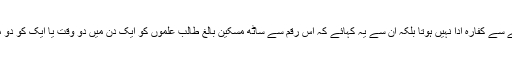
کفارہ میں حساب جوڑکر مکمل روپیہ کسی کے حوالہ کرنے سے کفارہ ادا نہیں ہوتا بلکہ ان سے یہ کہائے کہ اس رقم سے ساٹھ مسکین بالغ طالب علموں کو ایک دن میں دو وقت یا ایک کو دو ماہ تک دونوں وقت پیٹ بھرکر کفارہ کی نیت سے کھلادیں۔